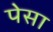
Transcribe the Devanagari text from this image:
पेसा